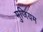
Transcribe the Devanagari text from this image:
मुजियम